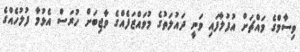
ވިސާމްގެ މައްޗަށް އުފުލާފައި ވަނީ ދައުލަތުގެ މުވައްޒަފެއްގެ ވާޖިބަށް ހުރަސް އެޅުމާ ފުލުހެއްގެ